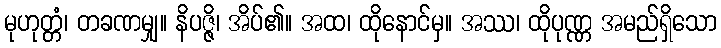
မုဟုတ္တံ၊ တခဏမျှ။ နိပဇ္ဇိ၊ အိပ်၏။ အထ၊ ထိုနောင်မှ။ အဿ၊ ထိုပုဏ္ဏ အမည်ရှိသော